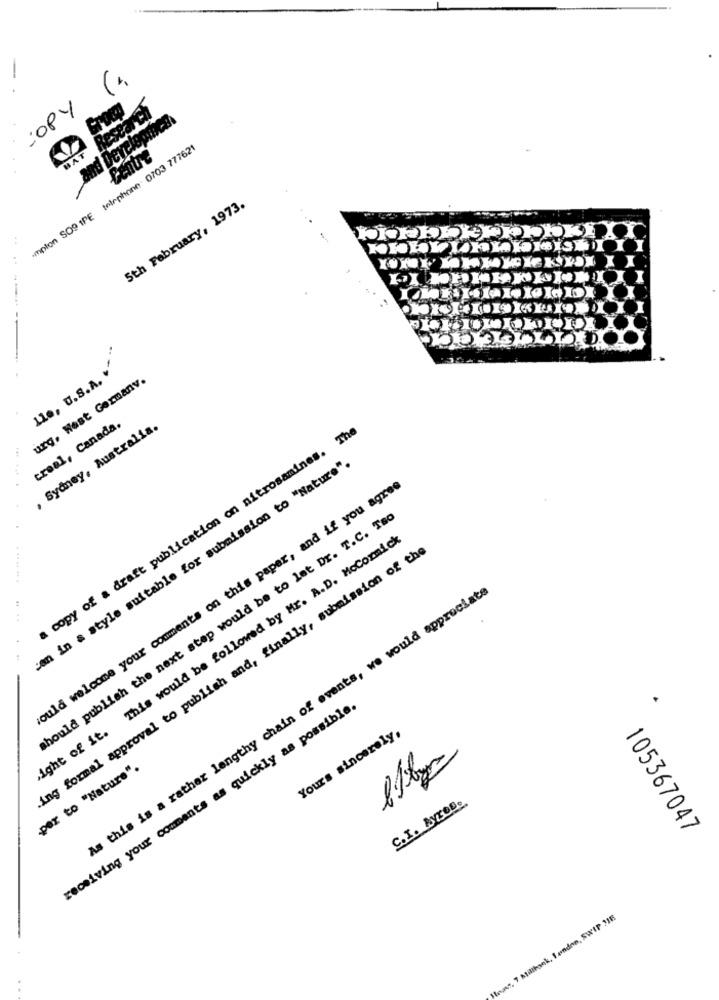
-
COPY
Research
nd Development
·mpton SOS IPE telephone 0703 777621
BAT
5th February, 1973.
25.095/L0.000
lle, U.S.A. v'
urg, West Germanv.
creal, Canada.
, Sydney, Australia.
a copy of a draft publication on nitrosamines. The
can in a style suitable for submission to "Nature".
would welcome your comments on this paper, and if you agree
should publish the next step would be to let Dr. T.C. Tao
ight of it. This would be followed by Mr. A.D. McCormick
Ang formal approval to publish and, finally, submission of the
..... ...
As this is a rather lengthy chain of events, we would appreciate
.. ..
receiving your comments as quickly as possible.
Yours sincerely,
per to "Nature".
C.I. AYreB.
105367047
Inass, 7 Millhack, London, SWIP MME